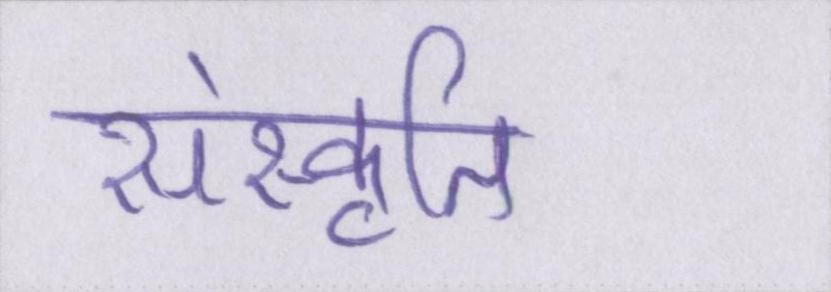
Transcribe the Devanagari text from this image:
संस्कृति